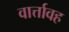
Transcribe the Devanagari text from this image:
वार्त्तावह